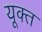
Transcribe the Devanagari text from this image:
यूक्त